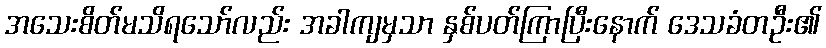
အသေးစိတ်မသိရသော်လည်း အခါကျမှသာ နှစ်ပတ်ကြာပြီးနောက် ဒေသခံတဦး၏